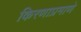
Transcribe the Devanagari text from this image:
किरणाप्रमाणे